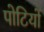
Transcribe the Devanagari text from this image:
पोटियों